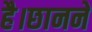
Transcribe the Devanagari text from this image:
है।छानने